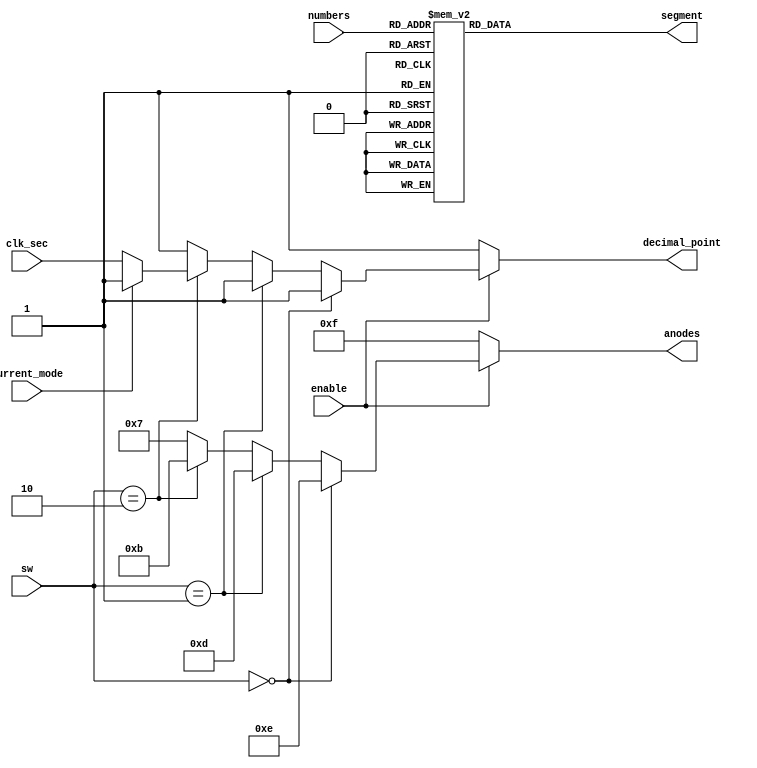
`timescale 1ns / 1ps

/*******************************************************************
*
* Module: SevSegDisplay.v
* Project: Digital Alarm Clock
* Description: seven segment display
*
* Change history: 1/5/2024  18/5/2024
*
*
**********************************************************************/



module SevSegDisplay(input current_mode,
input[3:0] numbers,
input[1:0] sw,
input clk_sec,
input enable,
output reg[0:6] segment, 
output reg[3:0] anodes, 
output reg decimal_point);  
    
    always @ (numbers, sw, enable, clk_sec) begin

    if(!enable) begin // enable off
        anodes = 4'b1111; // all 4 anodes off
        decimal_point  = 1;
    end else if (sw == 2'b00) begin
        anodes = 4'b1110;
        decimal_point  = 1;
    end else if (sw == 2'b01) begin 
        anodes = 4'b1101;
        decimal_point  = 1;
    end else if (sw == 2'b10) begin
        anodes = 4'b1011;
        decimal_point = current_mode ? 1: clk_sec; // 2nd decimal point from the left
    end else begin
        anodes = 4'b0111;
        decimal_point  = 1;
    end

        
case(numbers)
    0: segment = 7'b0000001; //0
    1: segment = 7'b1001111; //1
    2: segment = 7'b0010010; //2
    3: segment = 7'b0000110; //3
    4: segment = 7'b1001100; //4
    5: segment = 7'b0100100; //5
    6: segment = 7'b0100000; //6
    7: segment = 7'b0001111; //7
    8: segment = 7'b0000000; //8
    9: segment = 7'b0000100; //9
            
    default: segment = 7'b0000001; // display 0 as default anodes
endcase
end

endmodule